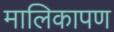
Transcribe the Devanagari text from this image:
मालिकापण